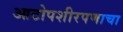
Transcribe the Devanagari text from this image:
आटोपशीरपणाचा